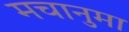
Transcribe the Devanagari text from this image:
मचानुमा